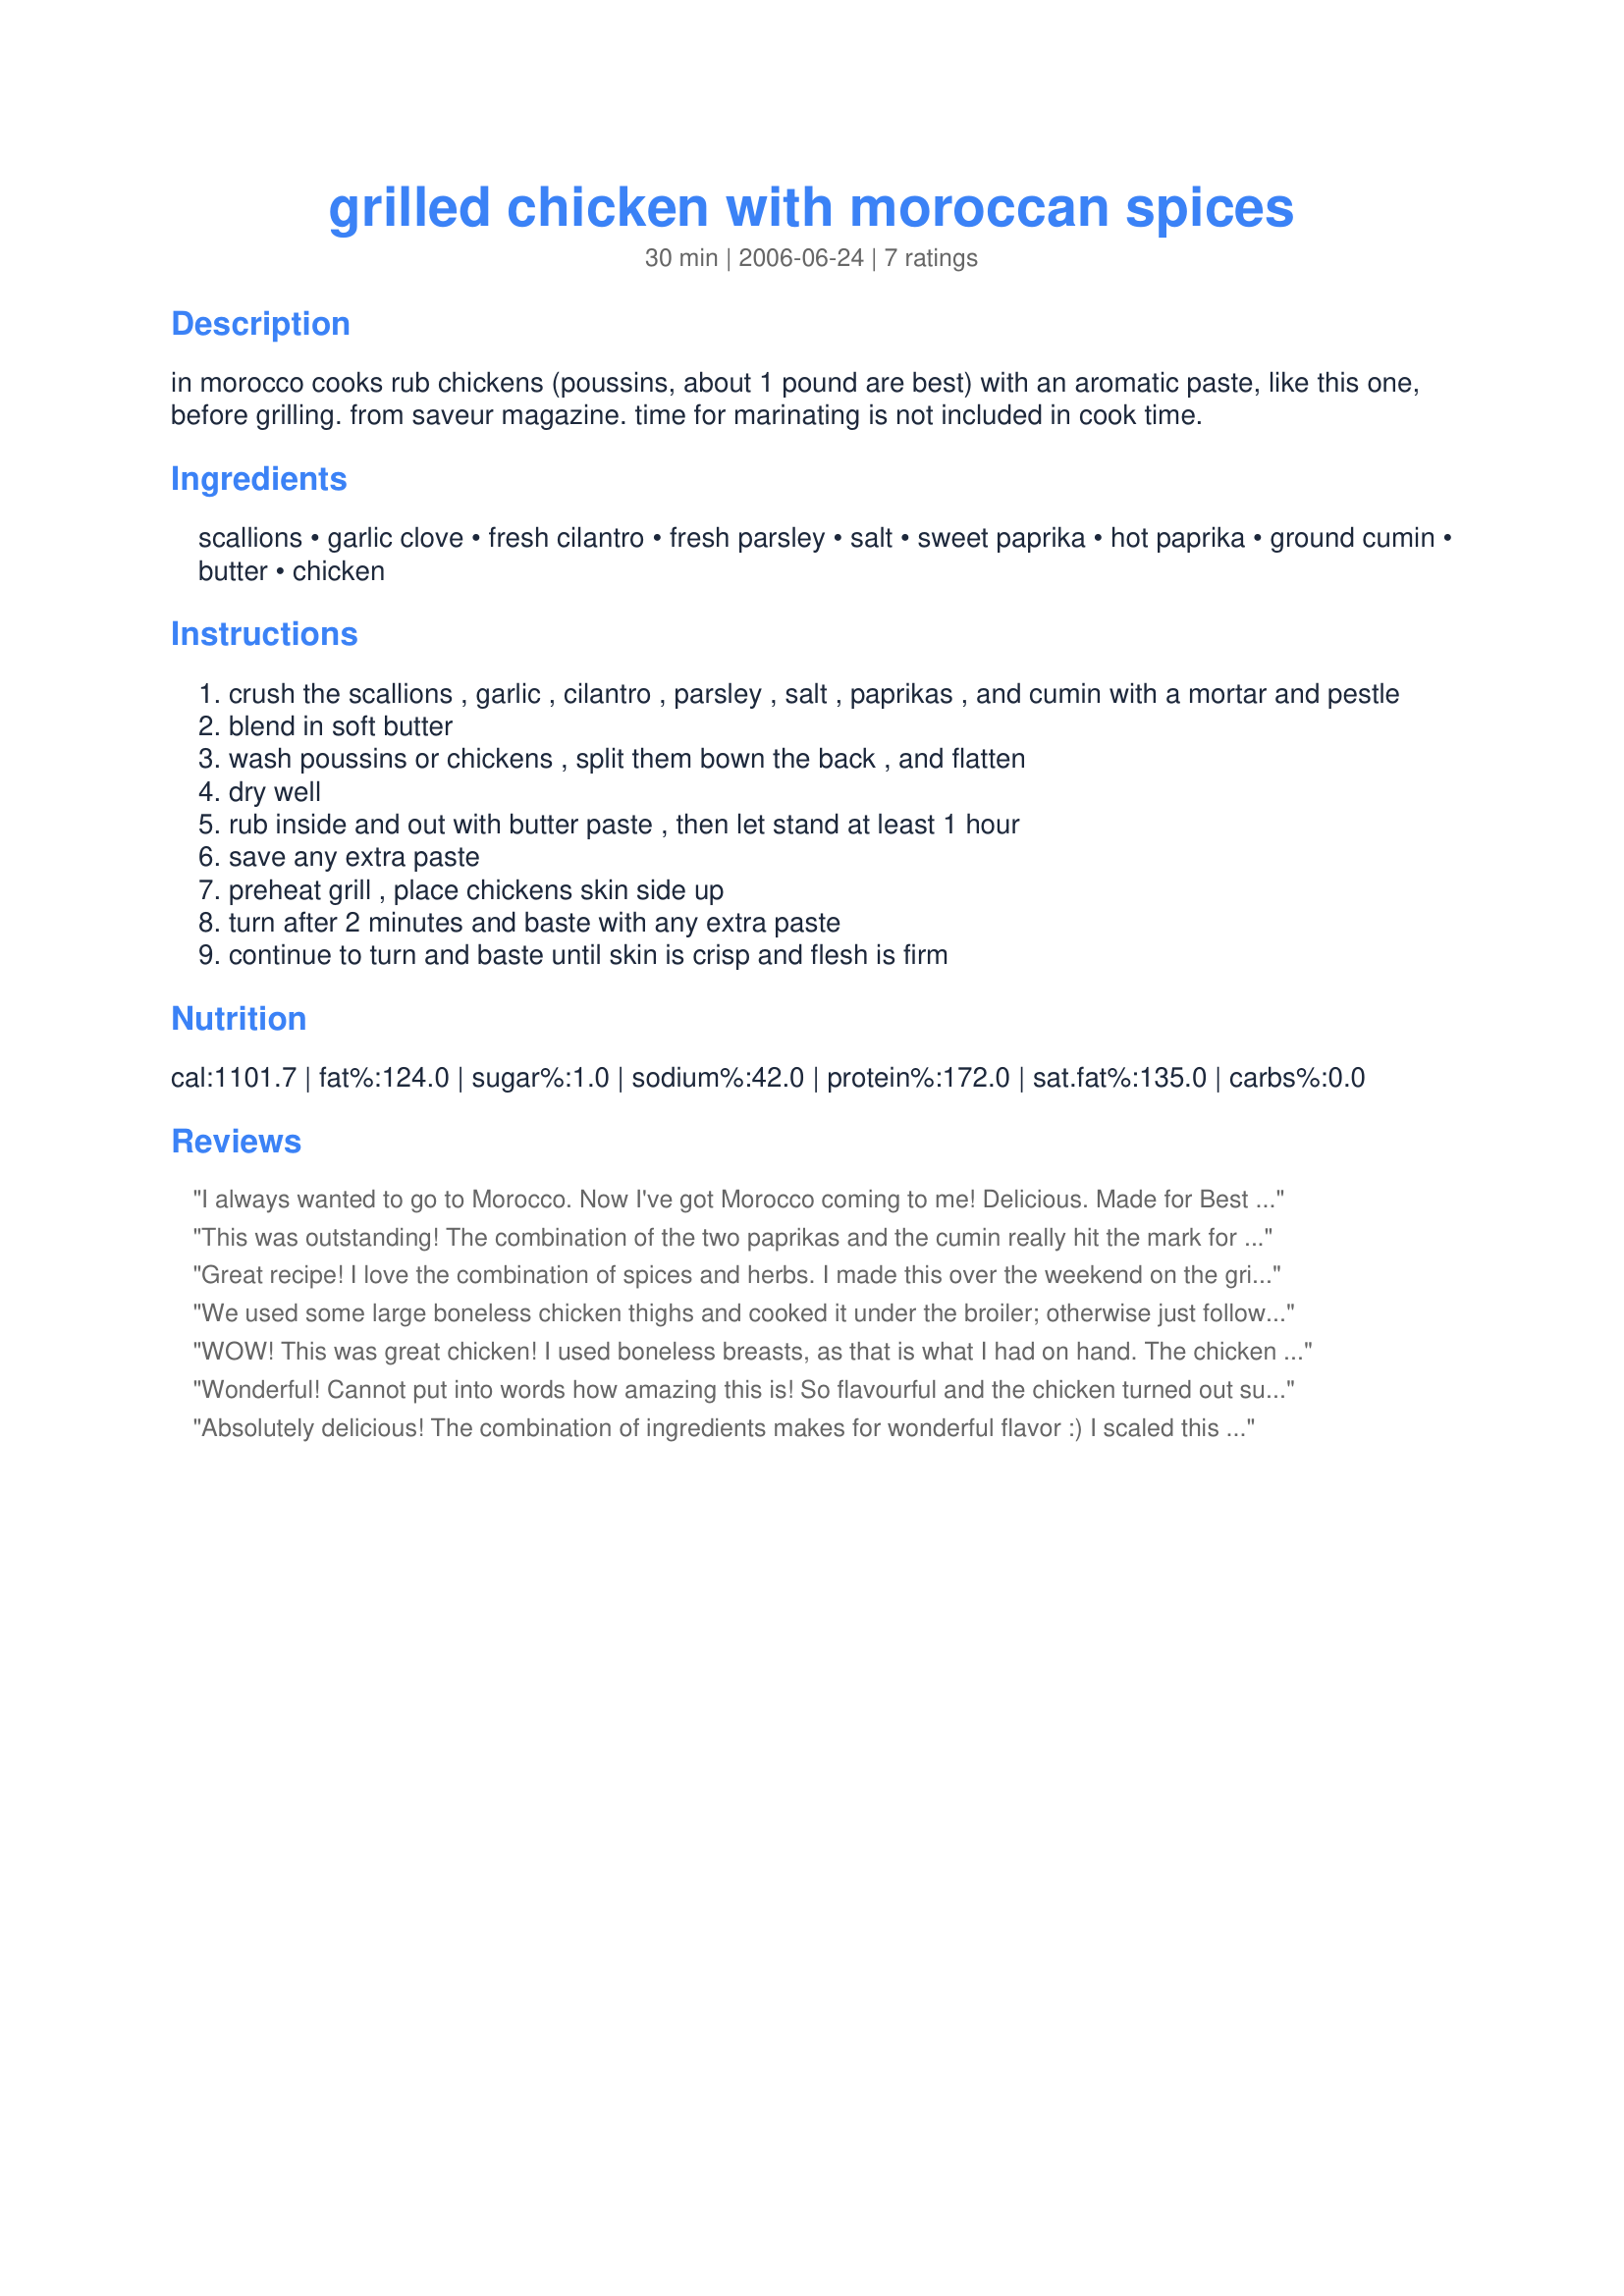
grilled chicken with moroccan spices
Preparation time: 30 minutes

in morocco cooks rub chickens (poussins, about 1 pound are best) with an aromatic paste, like this one, before grilling. from saveur magazine. time for marinating is not included in cook time.

Ingredients:
scallions, garlic clove, fresh cilantro, fresh parsley, salt, sweet paprika, hot paprika, ground cumin, butter, chicken

Steps:
crush the scallions , garlic , cilantro , parsley , salt , paprikas , and cumin with a mortar and pestle
blend in soft butter
wash poussins or chickens , split them bown the back , and flatten
dry well
rub inside and out with butter paste , then let stand at least 1 hour
save any extra paste
preheat grill , place chickens skin side up
turn after 2 minutes and baste with any extra paste
continue to turn and baste until skin is crisp and flesh is firm

Reviews:
I always wanted to go to Morocco. Now I've got Morocco coming to me! Delicious. Made for Best of 2011 recipe tag.
This was outstanding! The combination of the two paprikas and the cumin really hit the mark for flavor. Instead of a mortar and pestle, I used my mini food processor to make the paste. I only needed two servings, so I cut the paste portion of the recipe in half, and used 1 giant bone-in, skin-on chicken breast. I lifted the skin and slathered the paste underneath, then grilled over indirect heat until the chicken was done. A little of the paste ended up on the board after I sliced the chicken, so I just used it as a sauce, drizzling it over the sliced meat. A definite make again! Made for ZWT6.
Great recipe! I love the combination of spices and herbs. I made this over the weekend on the grill and we all enjoyed it. I used oil instead of butter but can imagine it would be delicious with butter! Thanks for a great weekend meal!
Made for ZWT6 Queens of Quisine!!
We used some large boneless chicken thighs and cooked it under the broiler; otherwise just followed directions. If you haven't seen your family for a while but you know they're in the house, cook this and watch them gravitate to the kitchen! Great spreading aroma, cilantro-centered paprika flavor, slightly reminiscent of "Jerk" chicken, and absolutely delicious!
WOW! This was great chicken! I used boneless breasts, as that is what I had on hand. The chicken was flavorful, moist and tender. I really liked the butter 'rub.' I had never done a recipe quite like this before. It was easy peasy and I was rewarded with a luscious dinner that had great spice and a tiny hint of heat! Thanks for sharing, susie cooks. Made for ZWT.
Wonderful! Cannot put into words how amazing this is! So flavourful and the chicken turned out super tender and soft, yet with lovely crispy skin. Perfect amount of spices to compliment the chicken, we served ours with piles of cous cous and this disappeared so fast!
Absolutely delicious! The combination of ingredients makes for wonderful flavor :) I scaled this down to one serving, (2 thighs) and it still came out perfectly. Served with Recipe #415441. A keeper, thanks! *Made for SSaSSy's ZWT 6*
